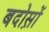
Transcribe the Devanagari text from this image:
बदोस़ों